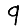
Digit: 9